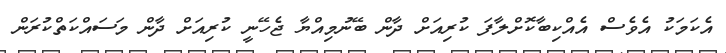
އެކަމަކު އެވެސް އެއްކިބާކޮށްލާފަ ކުރިއަށް ދާން ބޭނުމިއްޔާ ޖެހޭނީ ކުރިއަށް ދާން މަސައްކަތްކުރަން